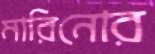
মারিনোর